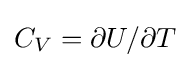
C_{V}=\partial U/\partial T